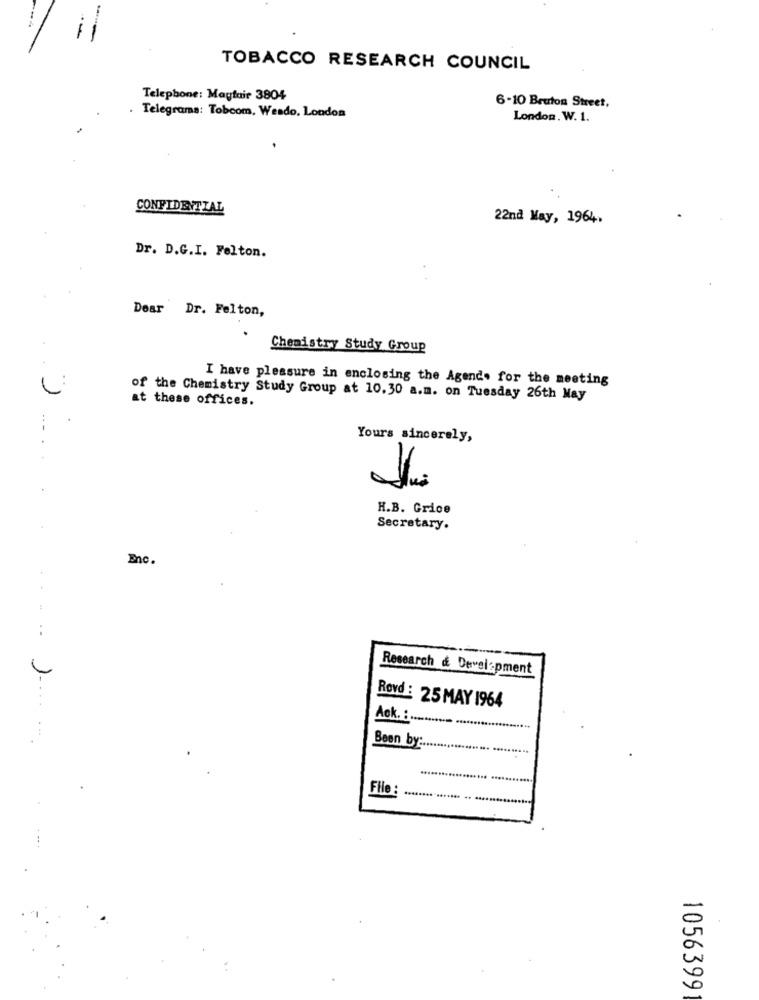
-
--
TOBACCO RESEARCH COUNCIL
Telephone: Mayfair 3804
6-10 Bruton Street,
. Telegrama: Tobcom, Wesdo, London
London. W. 1.
CONFIDENTIAL
22nd May, 1964,
Dr. D.G.I. Felton.
Dear Dr. Felton,
Chemistry Study Group
I have pleasure in enclosing the Agend. for the meeting
at these offices.
of the Chemistry Study Group at 10.30 a.m. on Tuesday 26th May
Yours sincerely,
H.B. Grice
Secretary.
Enc.
Research & Development
..... ..
Rovd : 25 MAY 1964
Ack. : .........
....
Been by :..
Flie
1056399